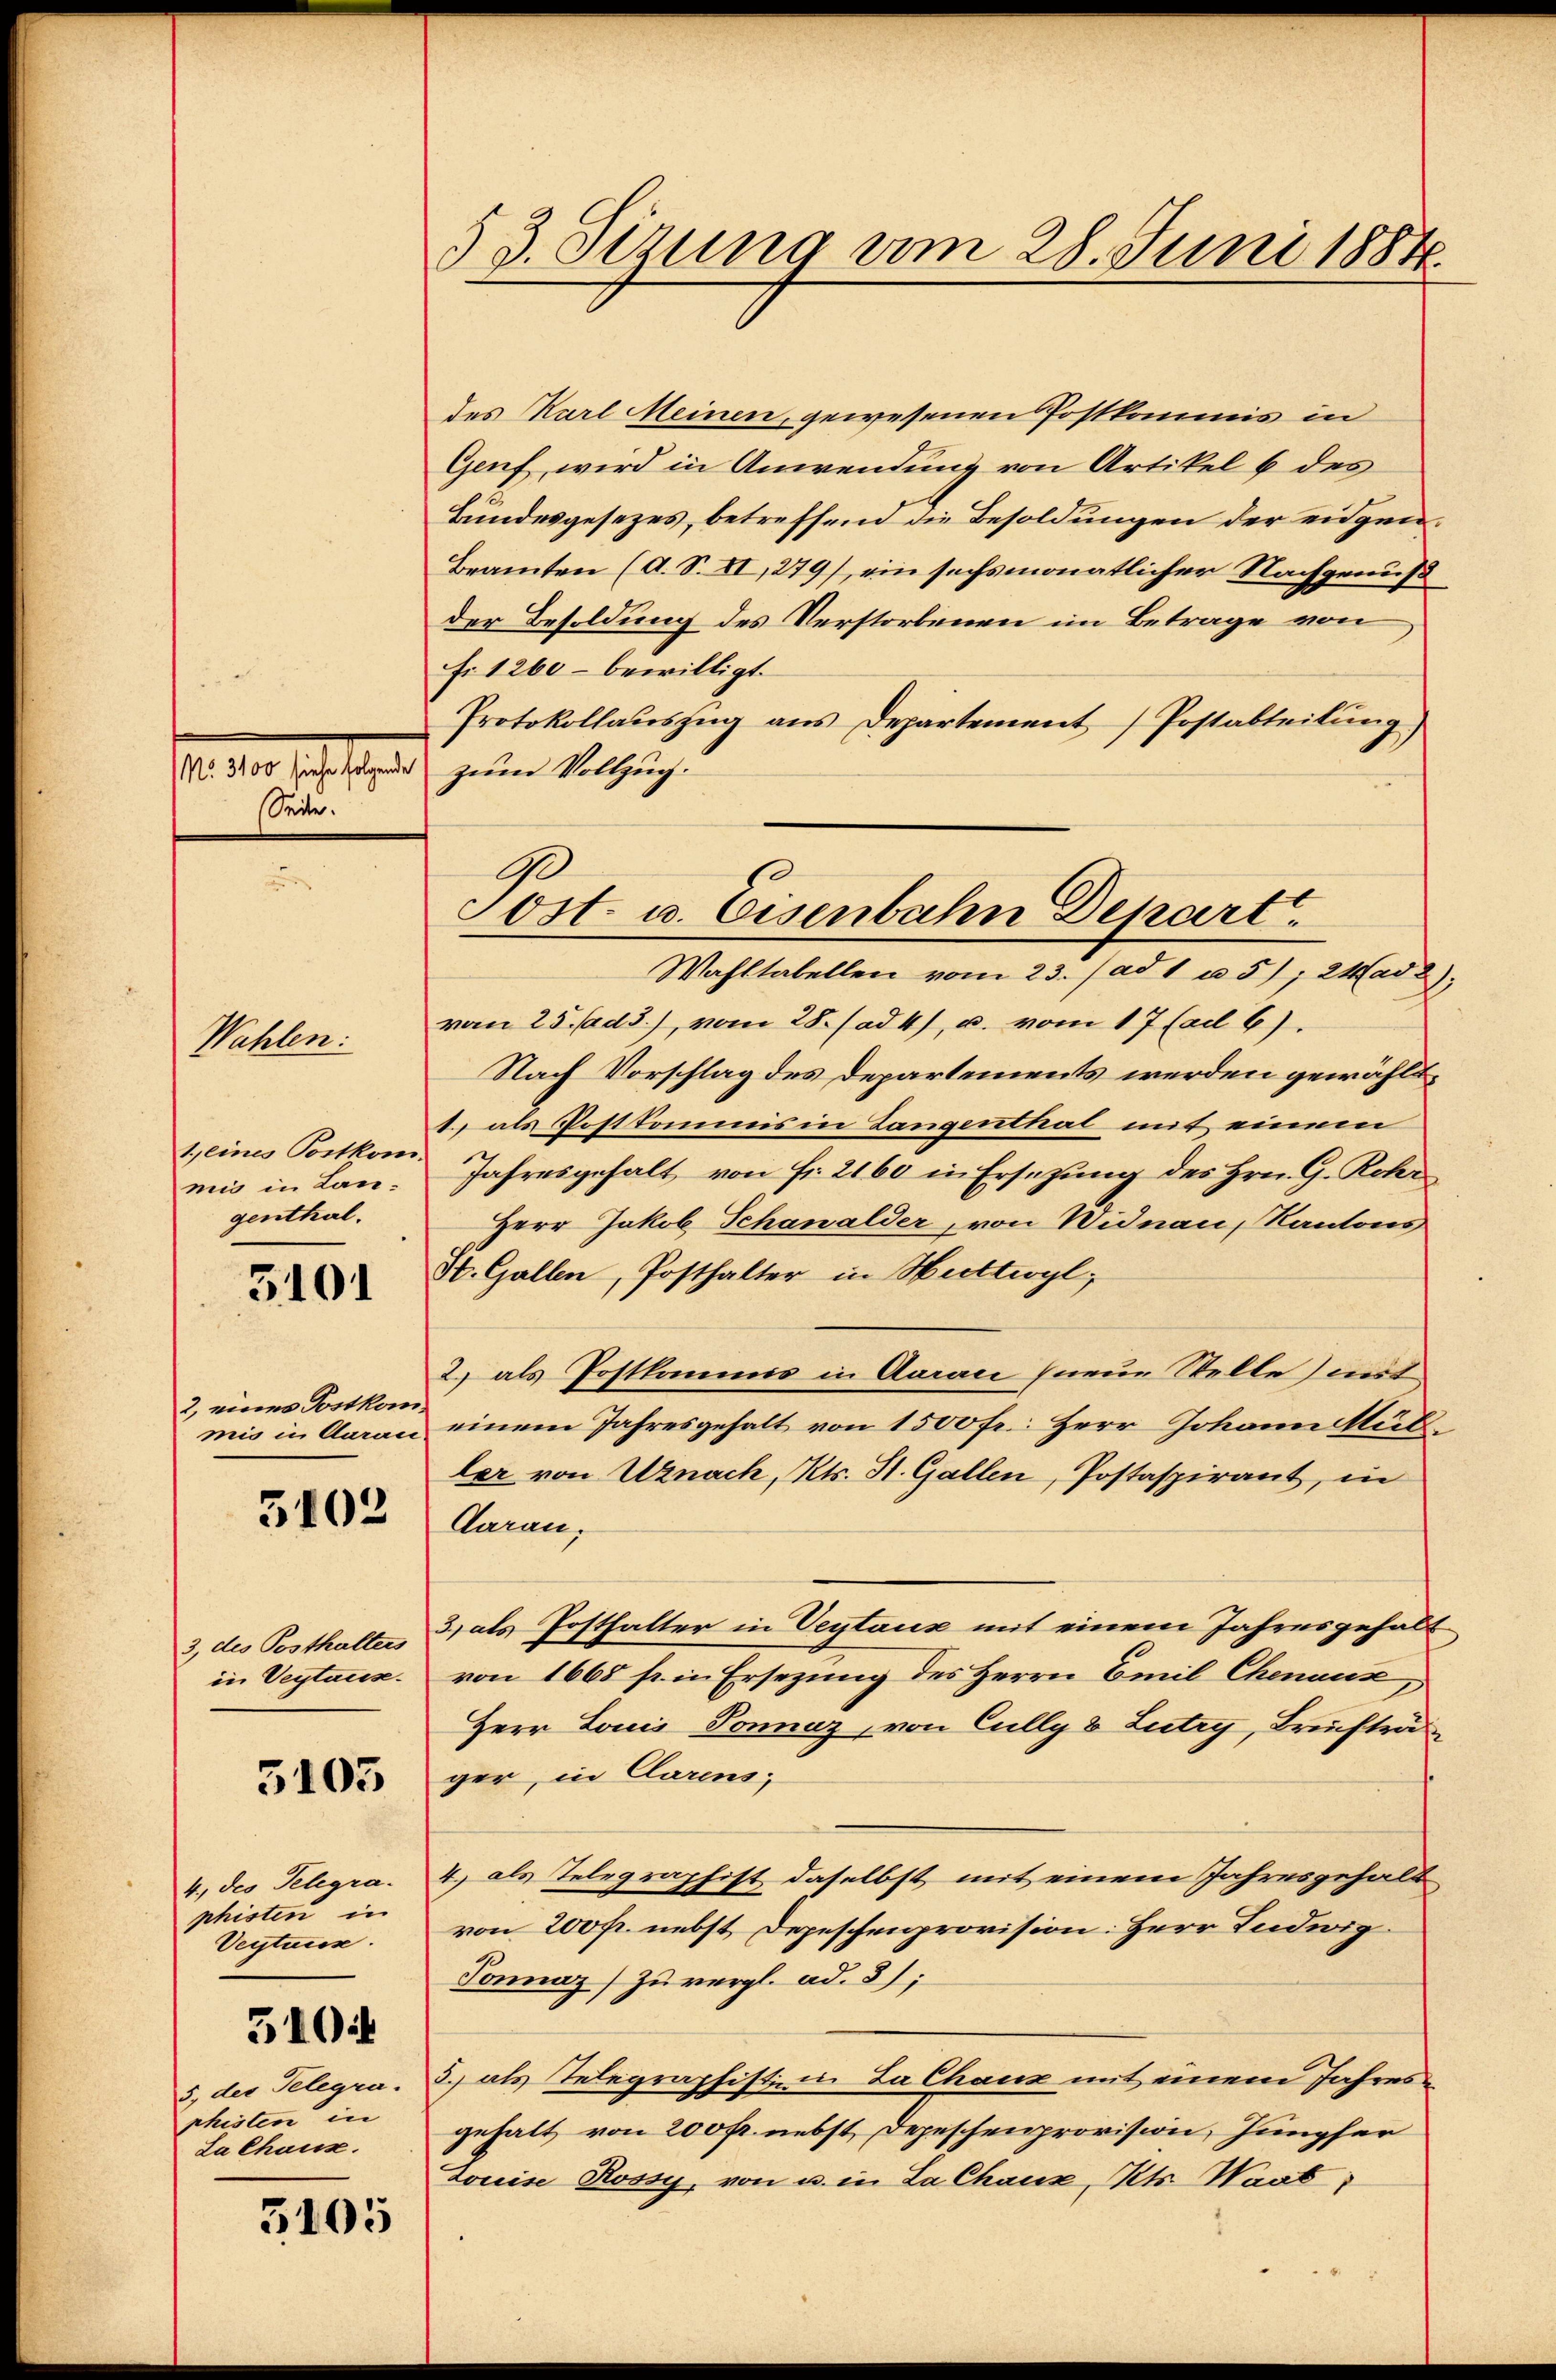
53. Setzung am 28. Juni 1884

des Karl Meinen, gewesenen Postkommis in
Genf, wird in Anwendung von Artikel 6 des
Bundesgesezes, betreffend die Besoldungen der eidgen¬
Beamten (d. S. II, 279), ein sechsmonatlicher Nachgenuß
der Besoldung des Verstorbenen im Betrage von
Fr 1260 – bewilligt.
Protokollaŭszŭg ans Departement Postabteilŭng)
zum Vollzug.
Wahltabellen vom 23. / ad 1 u 5); 2Mad
vom 25. Jadd.), vom 28. (ad 4), u. vom 17 (ad 6).
Nach Vorschlag des Departements werden gewähl¬
1.) als Postkommis in Langenthal mit einem
Jahresgehalt von Fr. 2160 in Ersetzung des Hrn. G. Rohr
Herr Jakob Schanalder, von Widnau, Kantons
St. Gallen, Posthalter in Huttwyl,
2) als Postkommes in Aaraci neue Stelle) mit
einem Jahresgehalt von 1500 fr.: Herr Johann Müller von Uznach, Kts. St. Gallen, Postaspirant, in
Daran.
3) als Posthalter in Veytaux mit einem Jahresgehalt
von 1668 f. in Ersezung des Herrn Emil Chenaus
Herr Louis Sonnaz, von Cully 8 Lutry, Briefträ
ger, in Clarens
4.) als Telegraphist daselbst mit einem Jahresgehalt
von 200 fr. nebst, Depeschenprovision: Herr Ludwig
Sonnaz) zu vergl. ad. 3);
3. als Telegraphisti in La Chaux mit einem Jahresgehalt von 200 fr. nebst Depeschenprovision, Jungfer
Louise Rossy, von u. in La Chaux, Kts. Waat

M. er sehr eine
Seite.

90
Sost- u. Eisenbahn Depart

Wehlen.

1, eines Postkom
mis in Langenthal.

3101

2, eines Postkom
mis in Aarau

3102

3, des Posthalters
in Vertause.

5105

4., des Telegraphisten in
Veytens.

5104

5. der Telegra.
phisten in
La Chaux.

5105